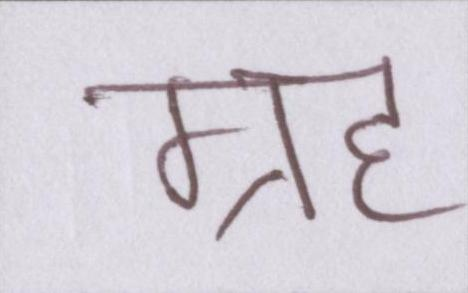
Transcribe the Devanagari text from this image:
ग्रह